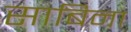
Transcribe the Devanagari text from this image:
साबिना